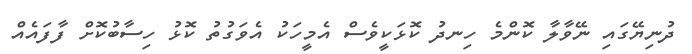
ދުނިޔޭގައި ނޭވާލާ ކޮންމެ ހިނދު ކޮޅަކީވެސް އެމީހަކު އެވަގުތު ކޮޅު ހިސާބުކޮށް ފާފައެއް